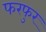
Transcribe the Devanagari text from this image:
फरफुर